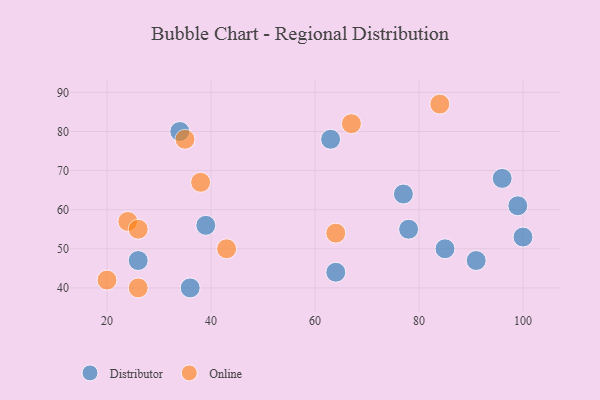
{"axis": {"x": "GDP", "y": "Life Expectancy"}, "legend": ["Distributor", "Online"], "data": [{"x": "78", "y": 55, "type": "Distributor"}, {"x": "36", "y": 40, "type": "Distributor"}, {"x": "96", "y": 68, "type": "Distributor"}, {"x": "100", "y": 53, "type": "Distributor"}, {"x": "99", "y": 61, "type": "Distributor"}, {"x": "34", "y": 80, "type": "Distributor"}, {"x": "91", "y": 47, "type": "Distributor"}, {"x": "85", "y": 50, "type": "Distributor"}, {"x": "77", "y": 64, "type": "Distributor"}, {"x": "26", "y": 47, "type": "Distributor"}, {"x": "64", "y": 44, "type": "Distributor"}, {"x": "63", "y": 78, "type": "Distributor"}, {"x": "39", "y": 56, "type": "Distributor"}, {"x": "35", "y": 78, "type": "Online"}, {"x": "24", "y": 57, "type": "Online"}, {"x": "26", "y": 40, "type": "Online"}, {"x": "26", "y": 55, "type": "Online"}, {"x": "67", "y": 82, "type": "Online"}, {"x": "43", "y": 50, "type": "Online"}, {"x": "64", "y": 54, "type": "Online"}, {"x": "20", "y": 42, "type": "Online"}, {"x": "84", "y": 87, "type": "Online"}, {"x": "38", "y": 67, "type": "Online"}]}